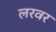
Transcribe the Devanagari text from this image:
लरवर